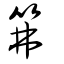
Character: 笰